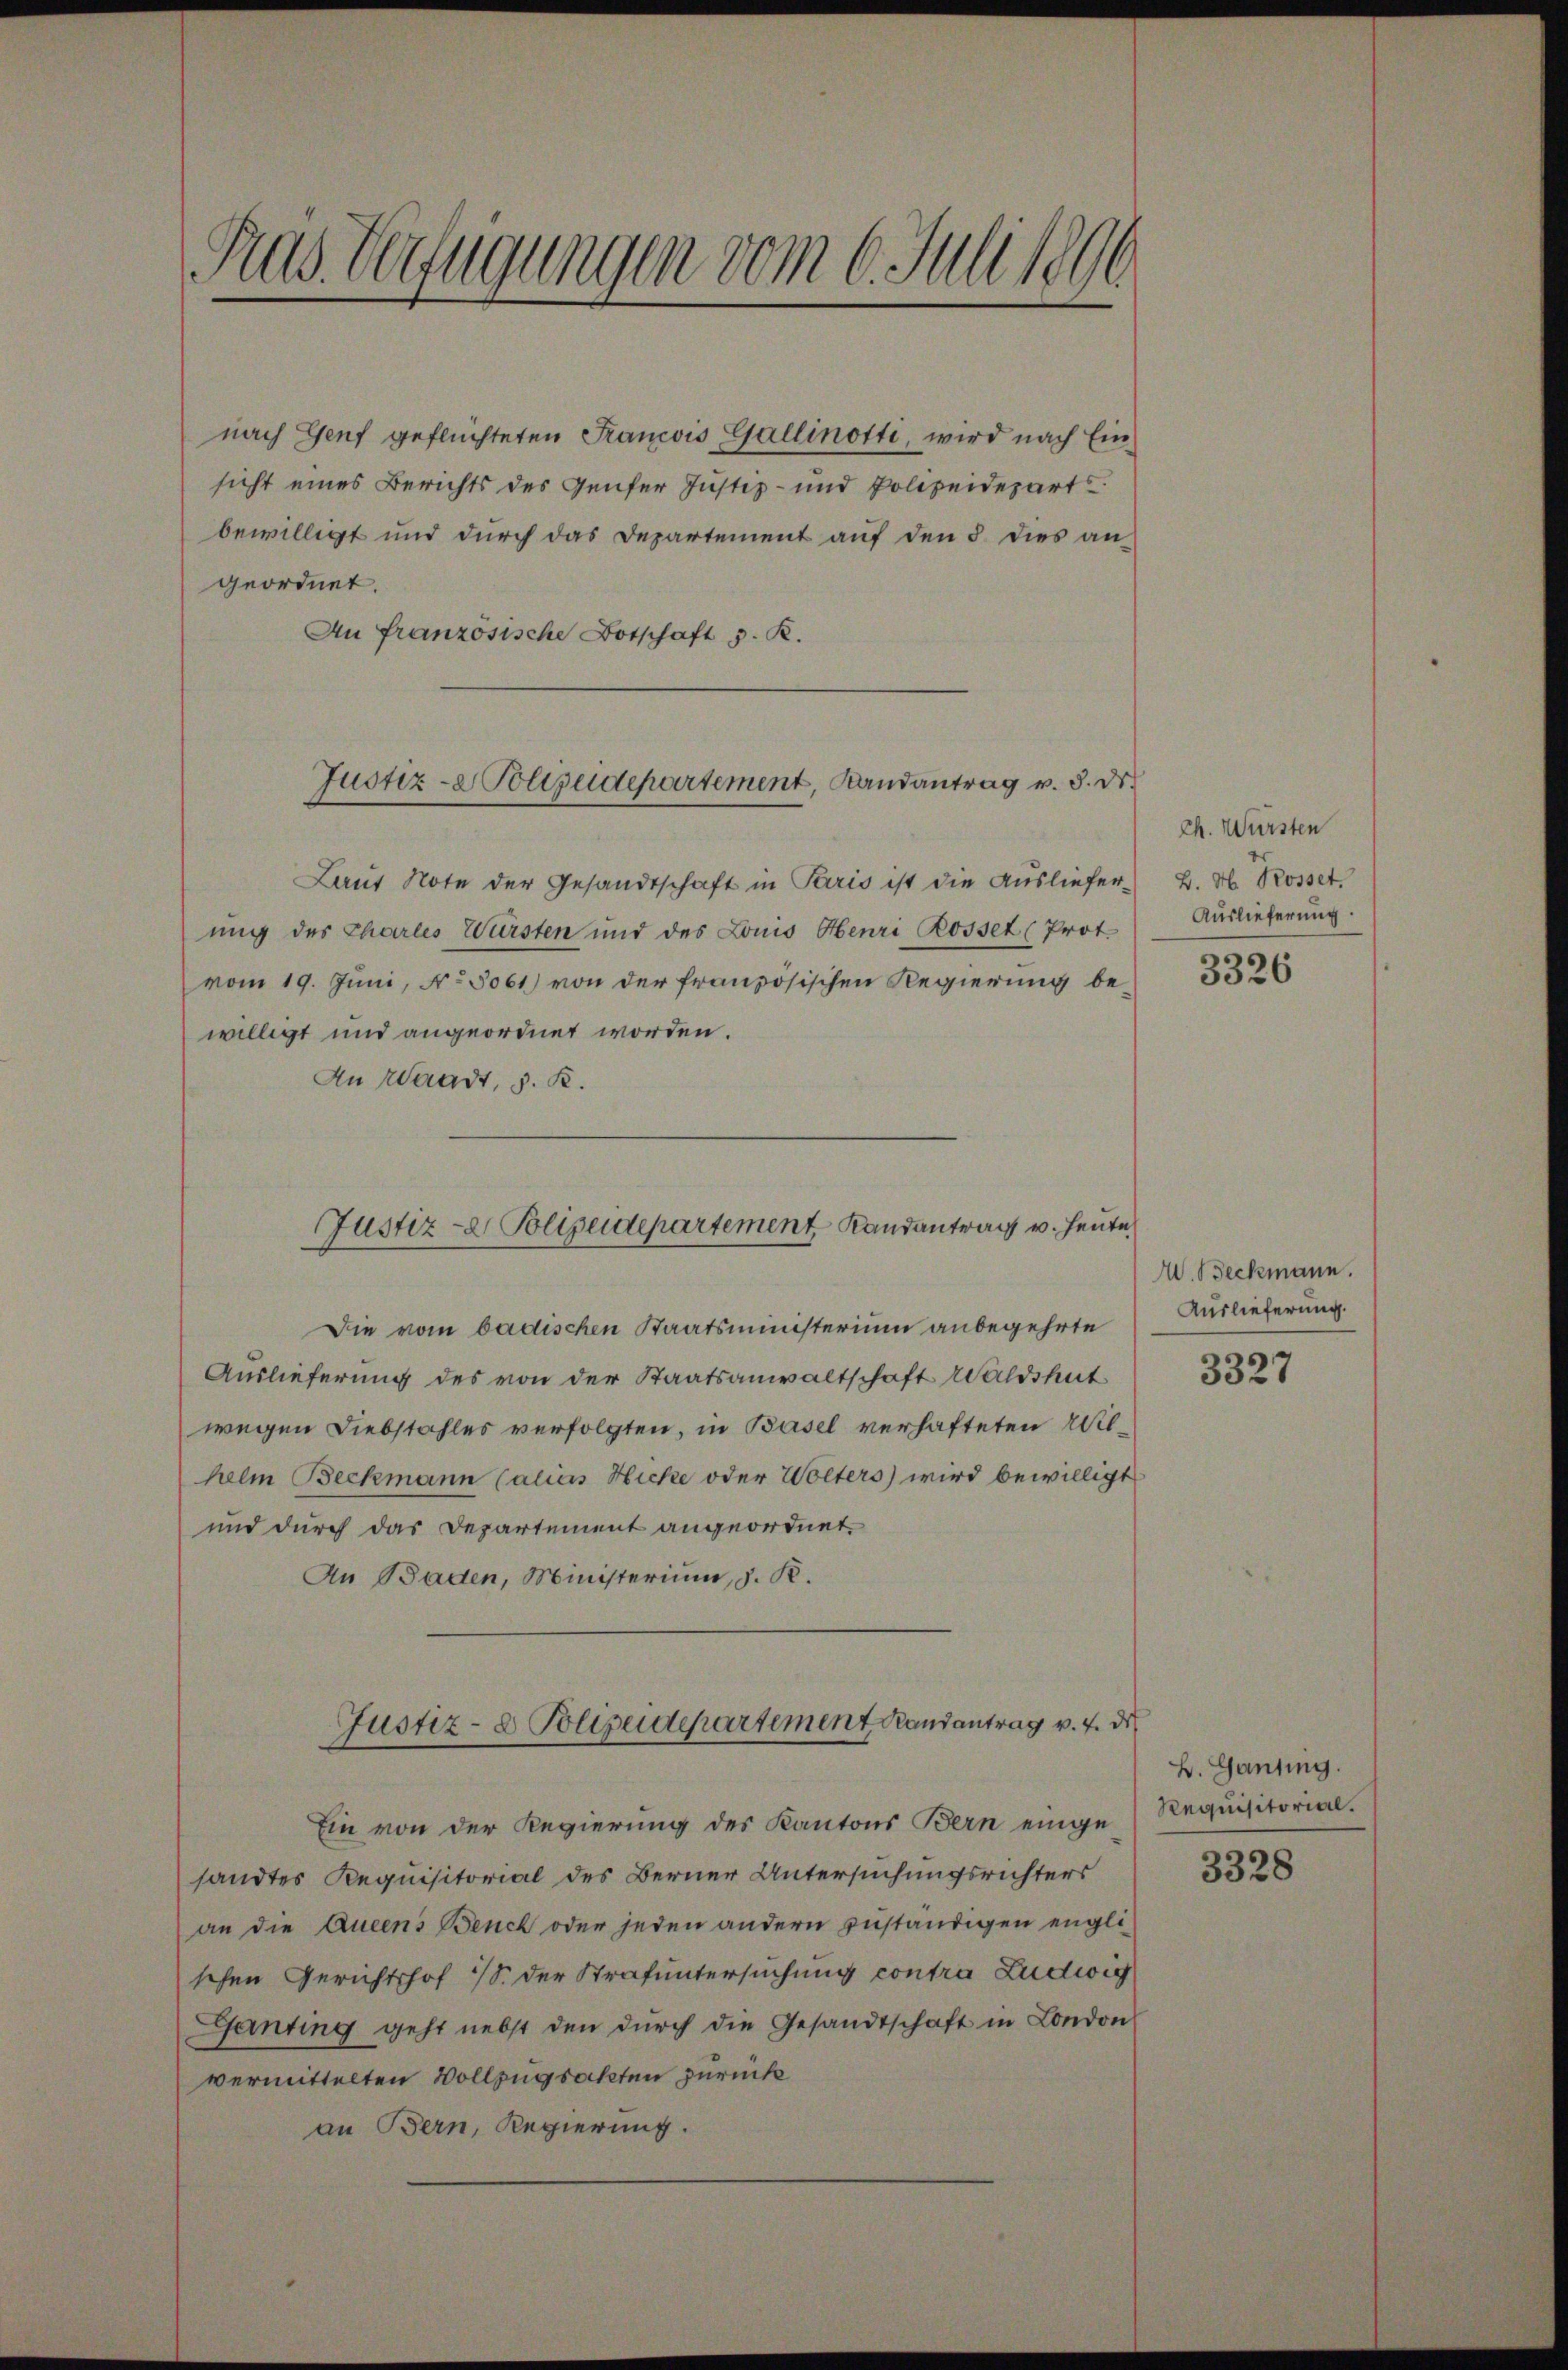
Gras Verfügungen vom 6. Juli 1896

nach Genf geflüchteten Francois Gallinotti, wird nach Einsicht eines Berichts des Genfer Justiz- und Polizeideparts
bewilligt und durch das Departement auf den §. dies an-
geordnet.
Au französische Botschaft z. R.

Justiz-Polizeidepartement, Landantrag v. 8. ds.

Justiz- & Polizeidepartement Randantrag v. Heute

Laut Note der Gesandtschaft in Paris ist die Ausliefer-
ung des Charles Würsten und des Louis Henri Rosset (Prot.
vom 19. Juni, N. 3061) von der französischen Regierung bewilligt und angeordnet worden.
An Waadt, s. R.
Die vom badischen Staatsministerium anbegehrte
Auslieferung des von der Staatsanwaltschaft Waldshut
wegen Diebstahles verfolgten, in Basel verhafteten Wilhelm Beckmann (alias Hicke oder Wolters) wird bewilligt.
und durch das Departement angeordnet.
An Baden, Ministerium, d. R.
Justiz- & Polizeidepartement Randantrag v. 4. d
Ein von der Regierung des Kantons Bern einge Requisitorialsandtes Requisitorial des Berner Untersuchungsrichters
an die Aueens Benck oder jeden andern zuständigen englischen Gerichtshof 18. der Strafuntersuchung contra Ludwig
Ganting geht nebst den dŭrch die Gesandtschaft in London
vermittelten Vollzugsakten zurück
an Bern, Regierung.

ch. Würsten
B. H. Rosset.
Auslieferung.

3326

A. Beckmann.
Auslieferung.

3327

B. Ganting.

3328